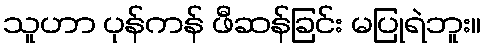
သူဟာ ပုန်ကန် ဖီဆန်ခြင်း မပြုရဲဘူး။